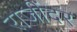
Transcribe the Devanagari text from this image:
राजींदर